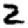
Digit: 2